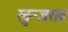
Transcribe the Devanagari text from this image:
ख़ुन्जराब